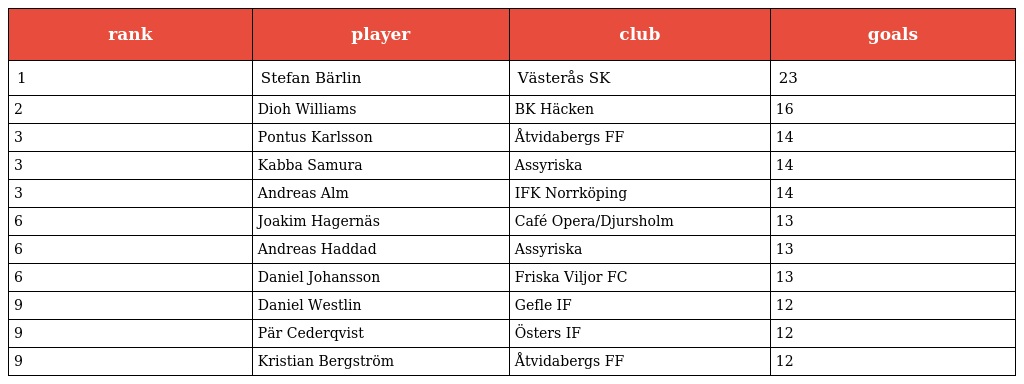
| rank | player | club | goals |
 | --- | --- | --- | --- |
 | 1 | Stefan Bärlin | Västerås SK | 23 |
 | 2 | Dioh Williams | BK Häcken | 16 |
 | 3 | Pontus Karlsson | Åtvidabergs FF | 14 |
 | 3 | Kabba Samura | Assyriska | 14 |
 | 3 | Andreas Alm | IFK Norrköping | 14 |
 | 6 | Joakim Hagernäs | Café Opera/Djursholm | 13 |
 | 6 | Andreas Haddad | Assyriska | 13 |
 | 6 | Daniel Johansson | Friska Viljor FC | 13 |
 | 9 | Daniel Westlin | Gefle IF | 12 |
 | 9 | Pär Cederqvist | Östers IF | 12 |
 | 9 | Kristian Bergström | Åtvidabergs FF | 12 |